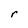
Character: r